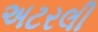
અટરલી